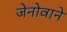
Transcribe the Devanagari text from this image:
जेनोवाने